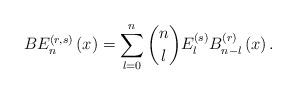
LaTeX: \begin{align*}BE_{n}^{\left(r,s\right)}\left(x\right)=\sum_{l=0}^{n}\dbinom{n}{l}E_{l}^{\left(s\right)}B_{n-l}^{\left(r\right)}\left(x\right).\end{align*}